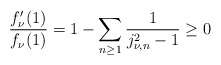
\begin{align*}\frac{f_{\nu}'(1)}{f_{\nu}(1)}=1-\sum_{n\geq1}\frac{1}{j_{\nu,n}^2-1}\geq0\end{align*}